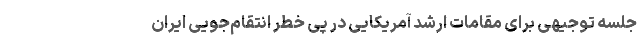
جلسه توجیهی برای مقامات ارشد آمریکایی در پی خطر انتقام‌جویی ایران